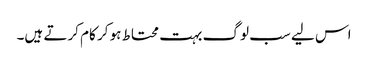
اس لیے سب لوگ بہت محتاط ہو کر کام کرتے ہیں۔